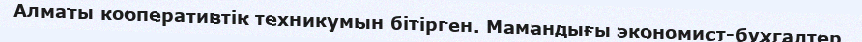
Алматы кооперативтік техникумын бітірген. Мамандығы экономист-бухгалтер.